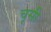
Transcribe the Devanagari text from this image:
चूसी